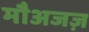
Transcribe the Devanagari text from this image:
मौअजज़